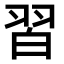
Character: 習